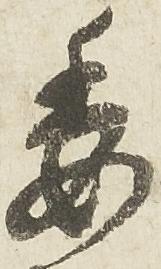
委